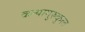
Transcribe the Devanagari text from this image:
कन्यागुरुकुल